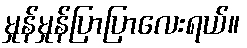
မှုန်မှုန်ပြာပြာလေးရယ်။